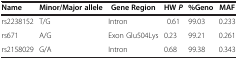
<table><thead><tr><td><b>Name</b></td><td><b>Minor/Major allele</b></td><td><b>Gene Region</b></td><td><b>HW<i>P</i></b></td><td><b>%Geno</b></td><td><b>MAF</b></td></tr></thead><tbody><tr><td>rs2238152</td><td>T/G</td><td>Intron</td><td>0.61</td><td>99.03</td><td>0.233</td></tr><tr><td>rs671</td><td>A/G</td><td>Exon Glu504Lys</td><td>0.23</td><td>99.21</td><td>0.261</td></tr><tr><td>rs2158029</td><td>G/A</td><td>Intron</td><td>0.68</td><td>99.38</td><td>0.343</td></tr></tbody></table>